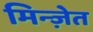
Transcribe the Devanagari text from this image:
मिन्ज़ेत